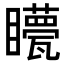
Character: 𥌯